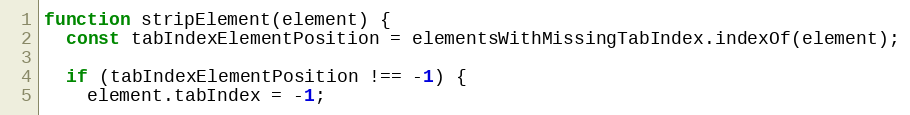
Language: JavaScript
function stripElement(element) {
  const tabIndexElementPosition = elementsWithMissingTabIndex.indexOf(element);

  if (tabIndexElementPosition !== -1) {
    element.tabIndex = -1;